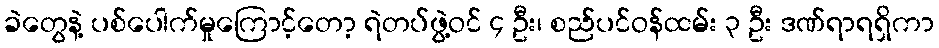
ခဲတွေနဲ့ ပစ်ပေါက်မှုကြောင့်တော့ ရဲတပ်ဖွဲ့ဝင် ၄ ဦး၊ စည်ပင်ဝန်ထမ်း ၃ ဦး ဒဏ်ရာရရှိကာ